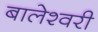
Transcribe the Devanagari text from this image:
बालेश्वरी